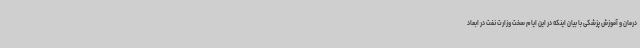
درمان و آموزش پزشکی با بیان اینکه در این ایام سخت وزارت نفت در ابعاد